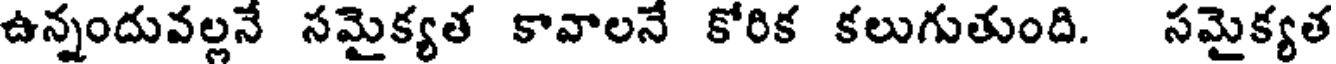
ఉన్నందువల్లనే సమైక్యత కావాలనే కోరిక కలుగుతుంది. సమైక్యత